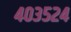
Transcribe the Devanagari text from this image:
४०३५२४